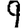
Digit: 9